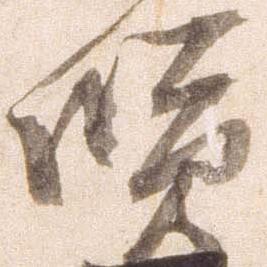
賢